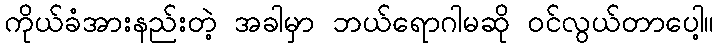
ကိုယ်ခံအားနည်းတဲ့ အခါမှာ ဘယ်ရောဂါမဆို ဝင်လွယ်တာပေါ့။